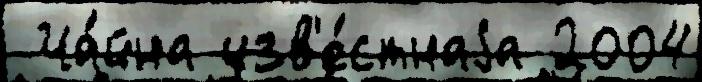
 Ча́йна изв'е́стнаjа 2004